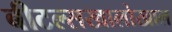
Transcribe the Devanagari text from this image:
बीटल्सखालोखाल